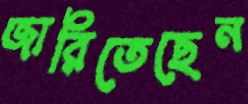
জারিতেছেন